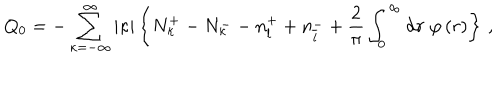
Q _ { 0 } = - \sum _ { \kappa = - \infty } ^ { \infty } \vert \kappa \vert \left\{ N _ { \kappa } ^ { + } - N _ { \kappa } ^ { -- } n _ { l } ^ { + } + n _ { \overline { { l } } } ^ { - } + \frac { 2 } { \pi } \int _ { 0 } ^ { \infty } \mathrm { d } r \; \varphi \left( r \right) \right\} \, ,